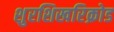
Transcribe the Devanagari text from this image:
शुरशिखरिक्रोड